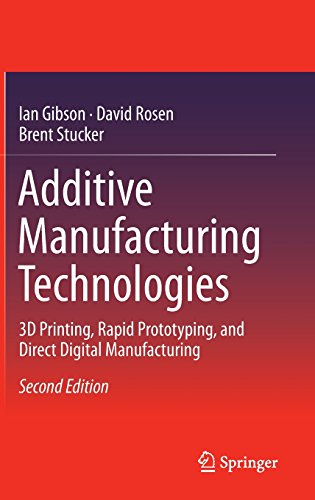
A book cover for Additive Manufacturing Technologies: 3D Printing, Rapid Prototyping, and Direct Digital Manufacturing; Ian Gibson; Computers & Technology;